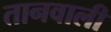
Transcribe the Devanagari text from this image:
तानवाली